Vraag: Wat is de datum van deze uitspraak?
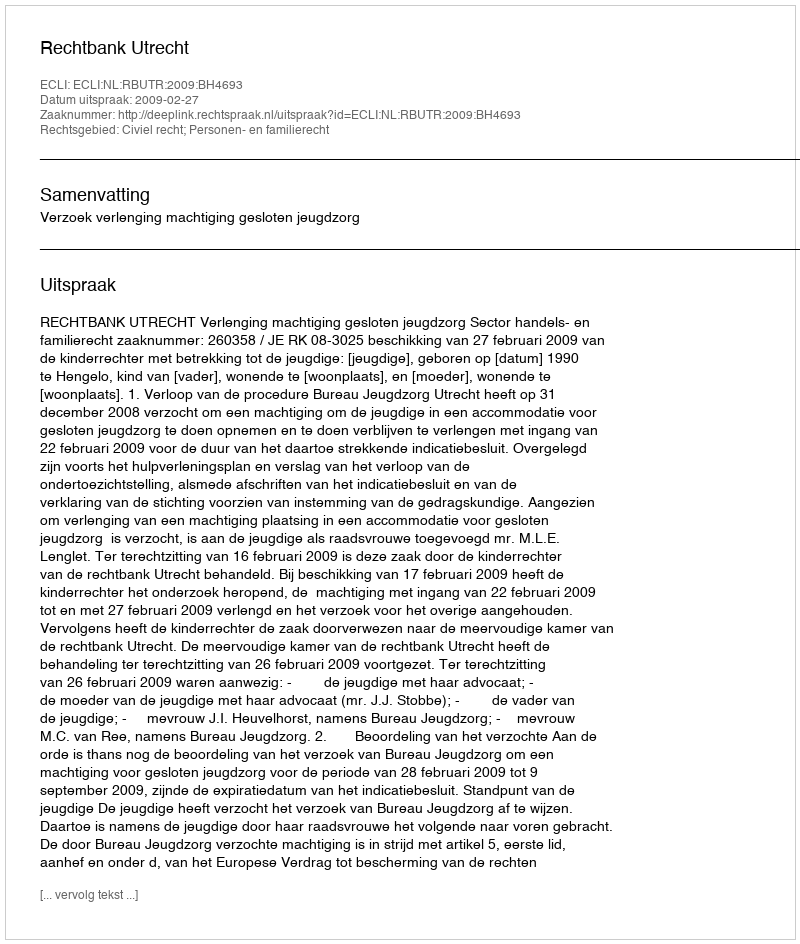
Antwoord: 2009-02-27